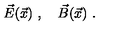
\vec { E } ( \vec { x } ) \ , \quad \vec { B } ( \vec { x } ) \ .